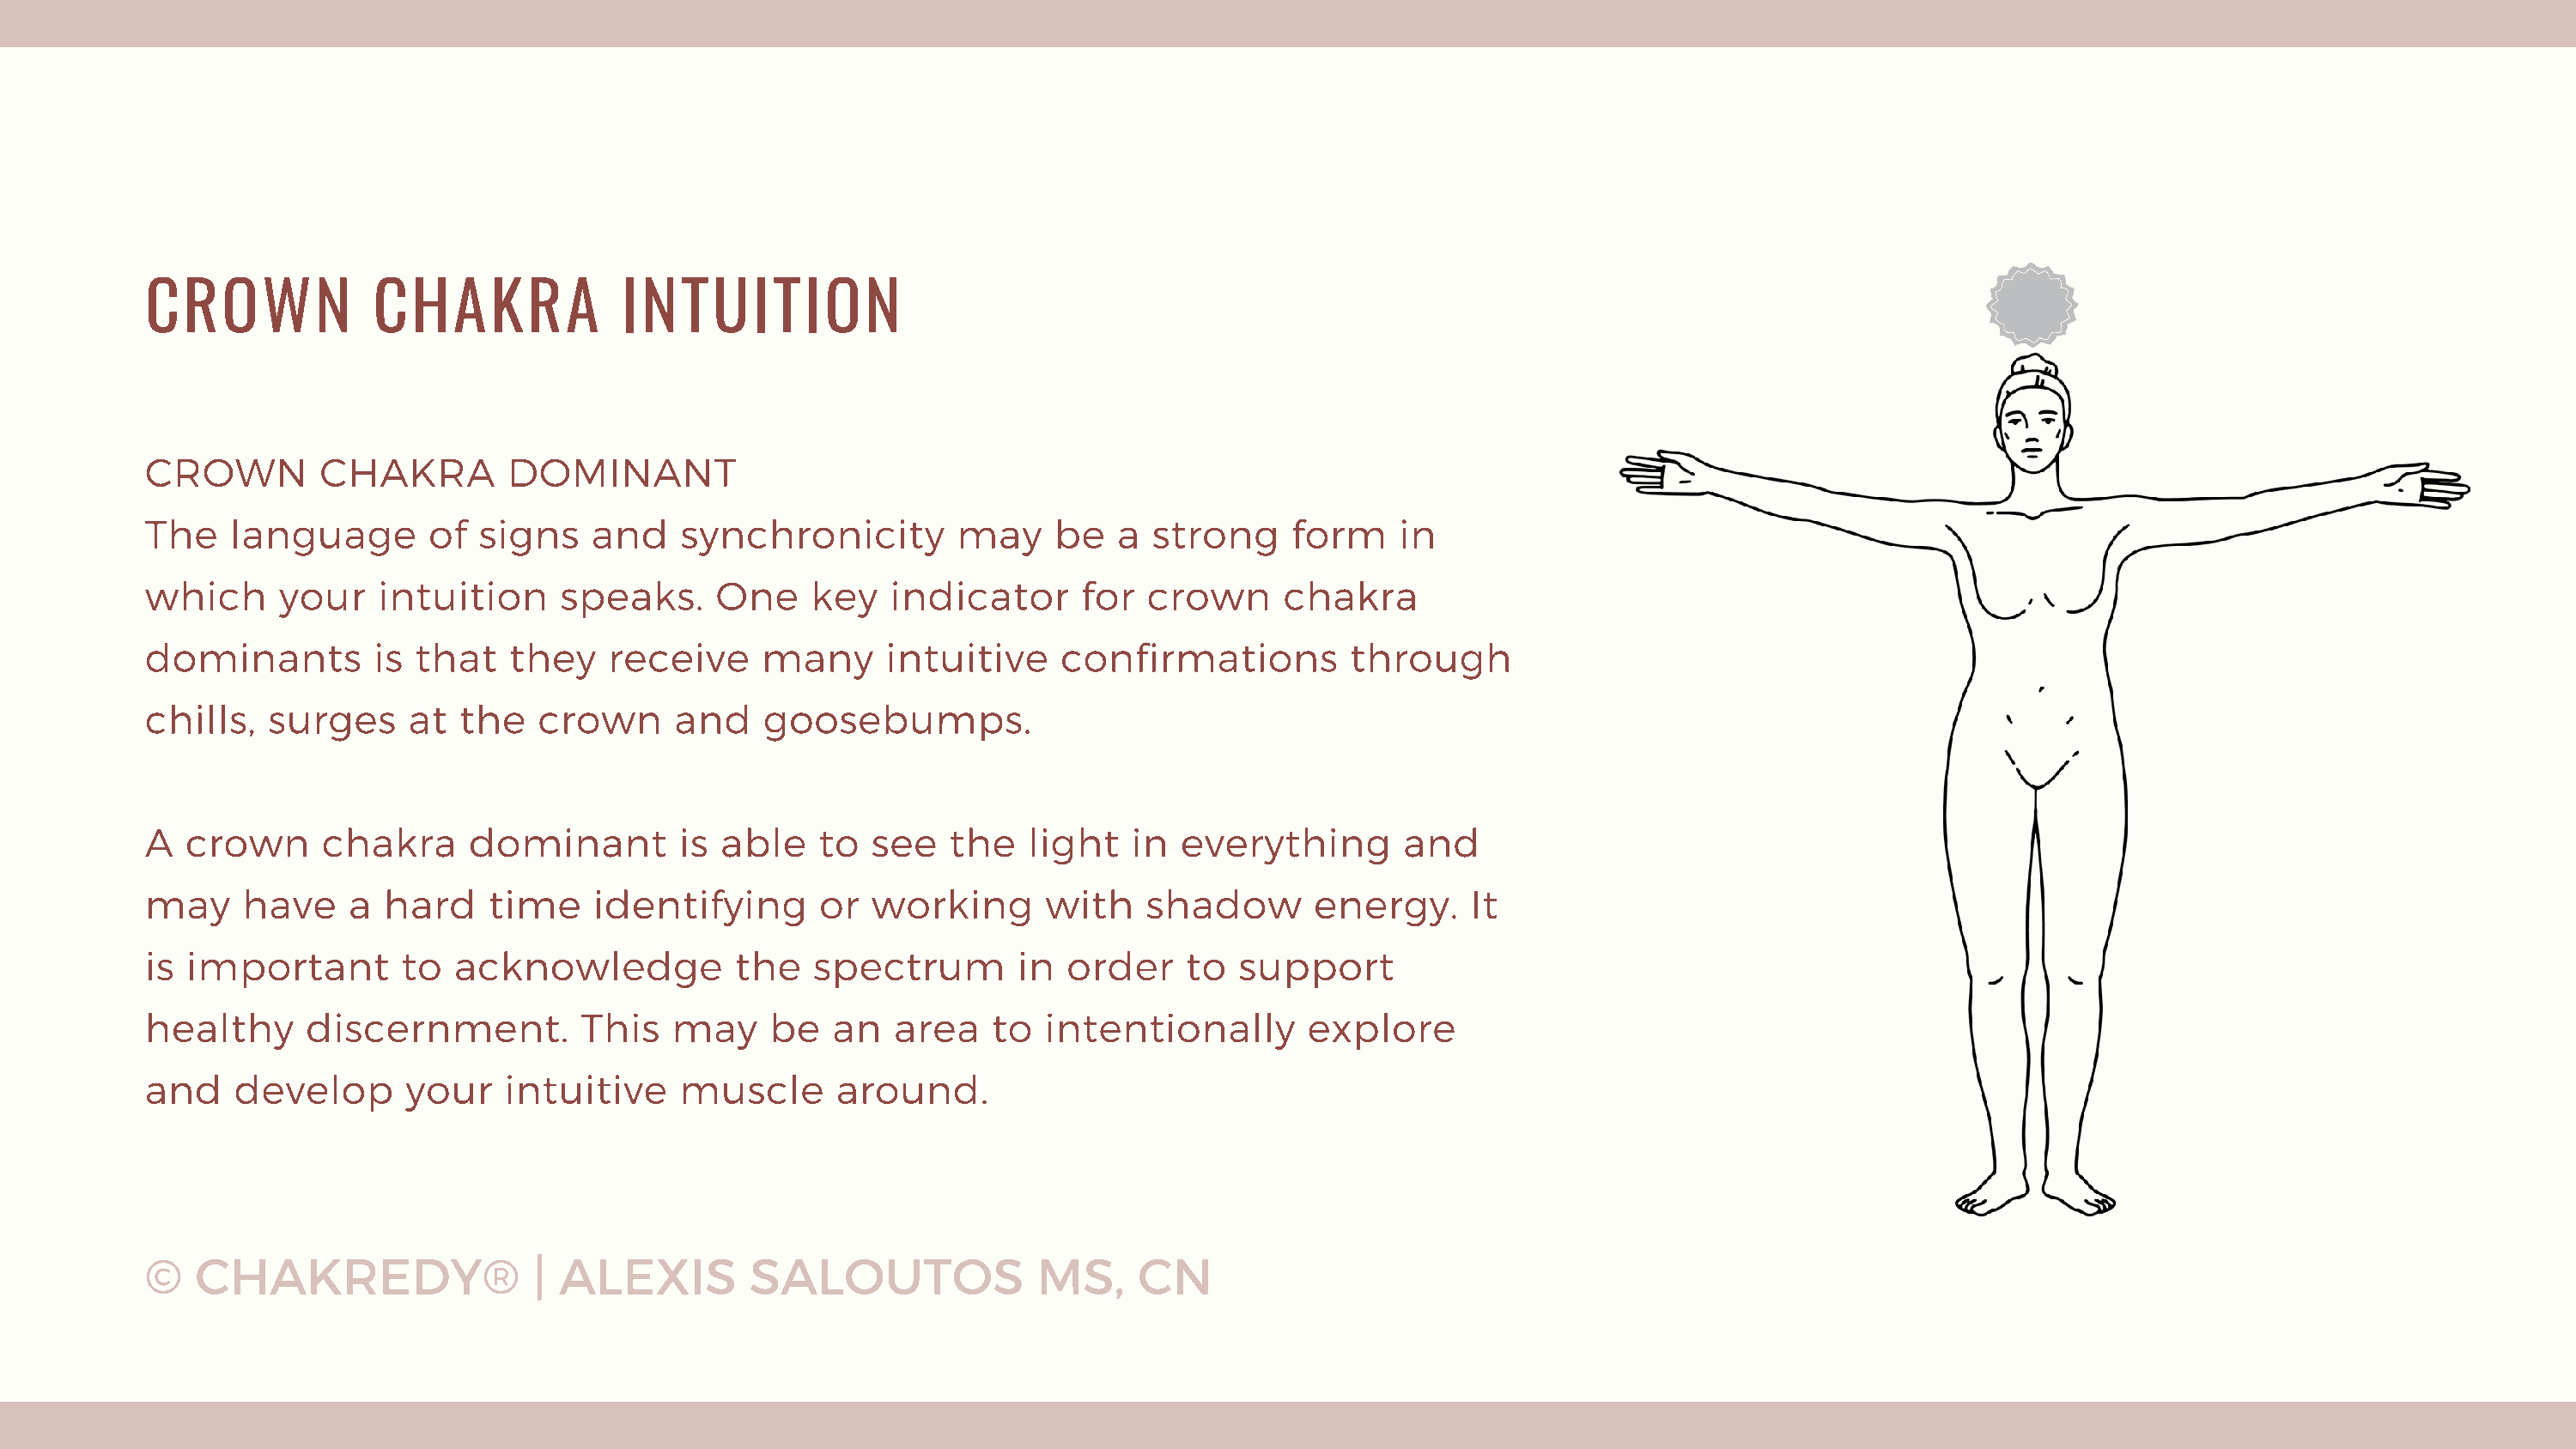
CROWN             CHAKRA             INTUITION
 CROWN         CHAKRA        DOMINANT
 The    language       of  signs    and   synchronicity         may    be   a  strong     form    in
 which      your   intuition     speaks.     One     key   indicator     for  crown      chakra
 dominants         is that   they    receive     many     intuitive     confirmations         through
 chills,   surges    at  the   crown      and    goosebumps.
 A  crown      chakra     dominant        is  able   to  see   the   light   in  everything       and
 may     have    a  hard    time    identifying      or  working       with   shadow       energy.     It
 is important        to  acknowledge           the   spectrum       in  order    to  support
 healthy      discernment.         This   may    be   an   area   to   intentionally       explore
 and    develop      your    intuitive    muscle      around.
 ©   CHAKREDY®                 | ALEXIS         SALOUTOS              MS,     CN